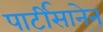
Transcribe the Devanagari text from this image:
पार्टीसानेन